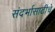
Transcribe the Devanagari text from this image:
संदर्भासाठीचे